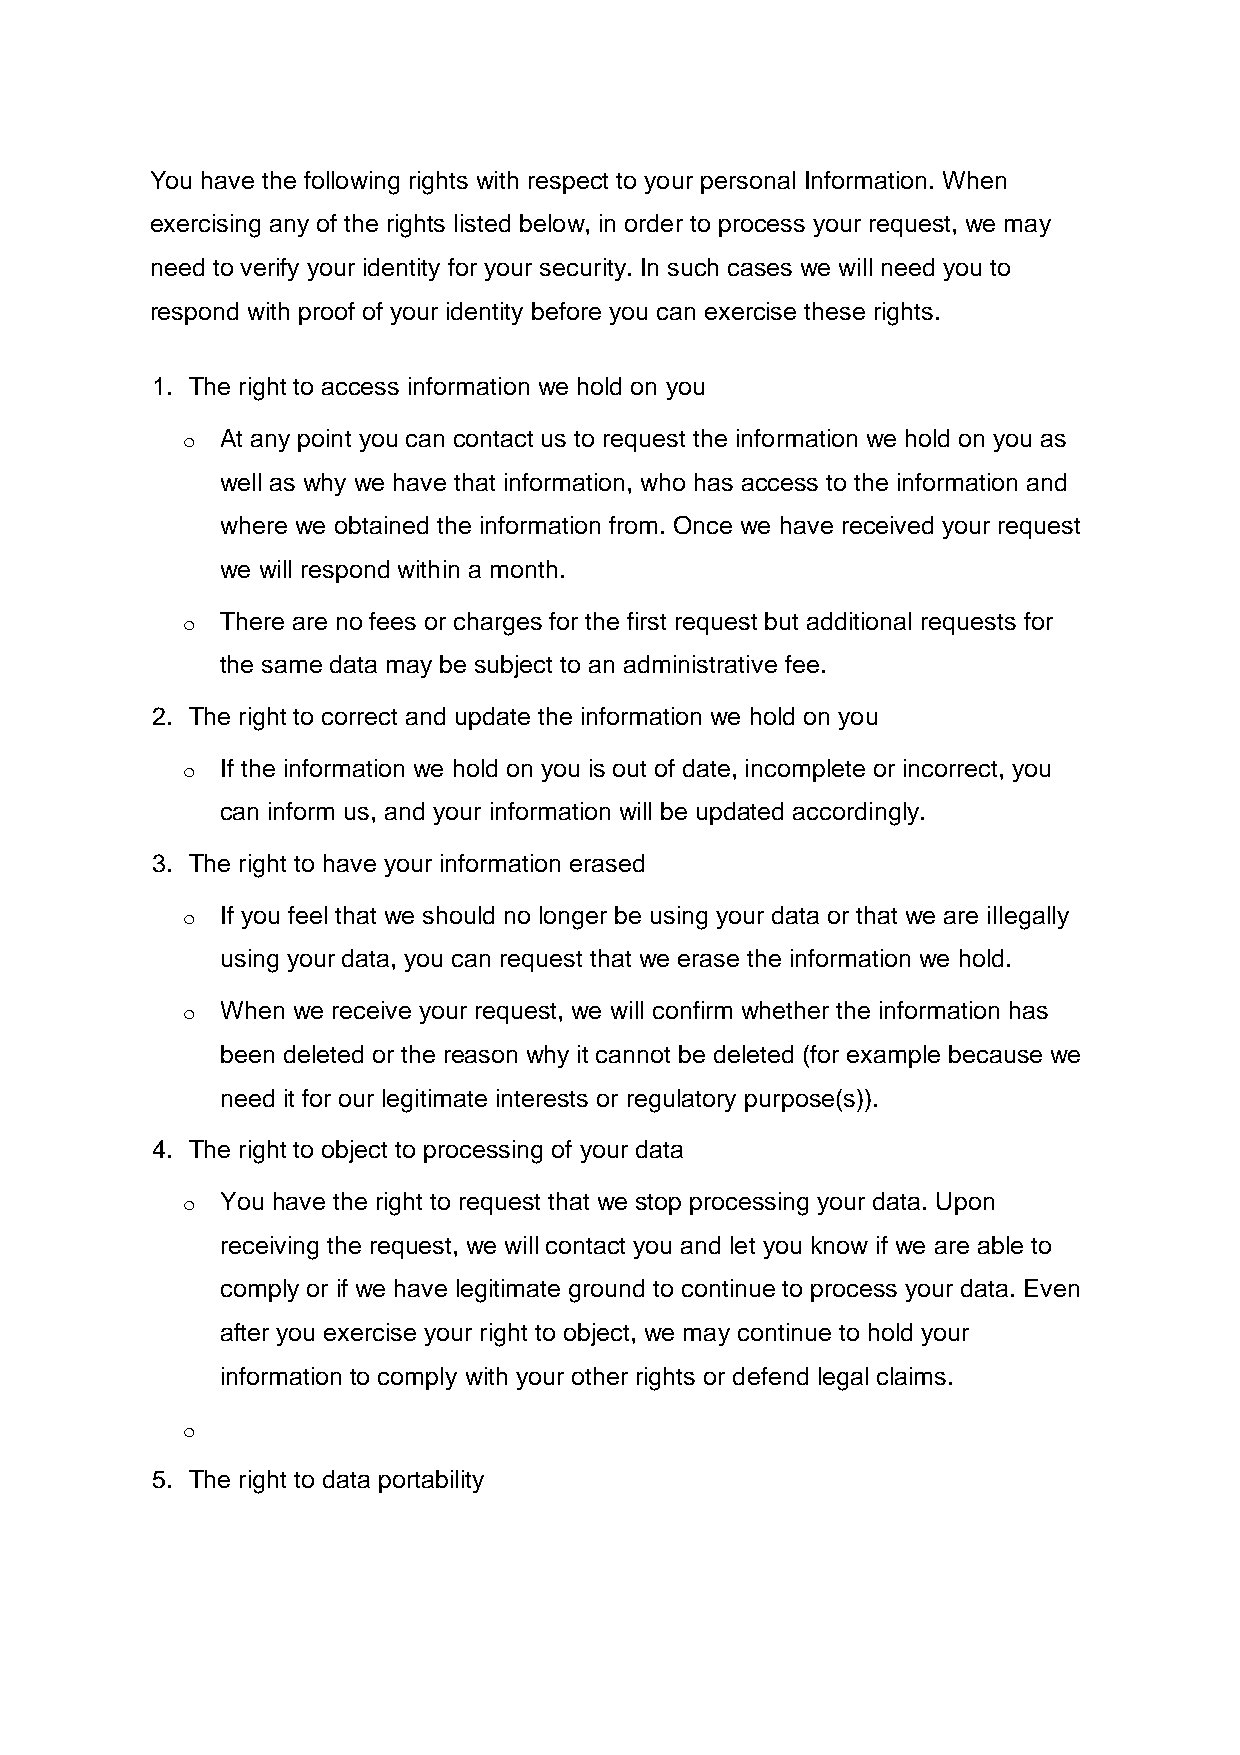
You have the following rights with respect to your personal Information. When
 exercising any of the rights listed below, in order to process your request, we may
 need to verify your identity for your security. In such cases we will need you to
 respond with proof of your identity before you can exercise these rights.
 1. The right to access information we hold on you
 o  At any point you can contact us to request the information we hold on you as
 well as why we have that information, who has access to the information and
 where we obtained the information from. Once we have received your request
 we will respond within a month.
 o  There are no fees or charges for the first request but additional requests for
 the same data may be subject to an administrative fee.
 2. The right to correct and update the information we hold on you
 o  If the information we hold on you is out of date, incomplete or incorrect, you
 can inform us, and your information will be updated accordingly.
 3. The right to have your information erased
 o  If you feel that we should no longer be using your data or that we are illegally
 using your data, you can request that we erase the information we hold.
 o  When we receive your request, we will confirm whether the information has
 been deleted or the reason why it cannot be deleted (for example because we
 need it for our legitimate interests or regulatory purpose(s)).
 4. The right to object to processing of your data
 o  You have the right to request that we stop processing your data. Upon
 receiving the request, we will contact you and let you know if we are able to
 comply or if we have legitimate ground to continue to process your data. Even
 after you exercise your right to object, we may continue to hold your
 information to comply with your other rights or defend legal claims.
 o
 5. The right to data portability